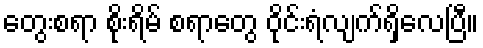
တွေးစရာ စိုးရိမ် စရာတွေ ဝိုင်းရံလျက်ရှိလေပြီ။